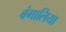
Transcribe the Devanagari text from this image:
बंगालिया